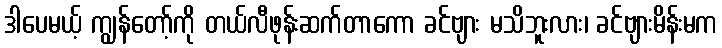
ဒါပေမယ့် ကျွန်တော့်ကို တယ်လီဖုန်းဆက်တာကော ခင်ဗျား မသိဘူးလား၊ ခင်ဗျားမိန်းမက